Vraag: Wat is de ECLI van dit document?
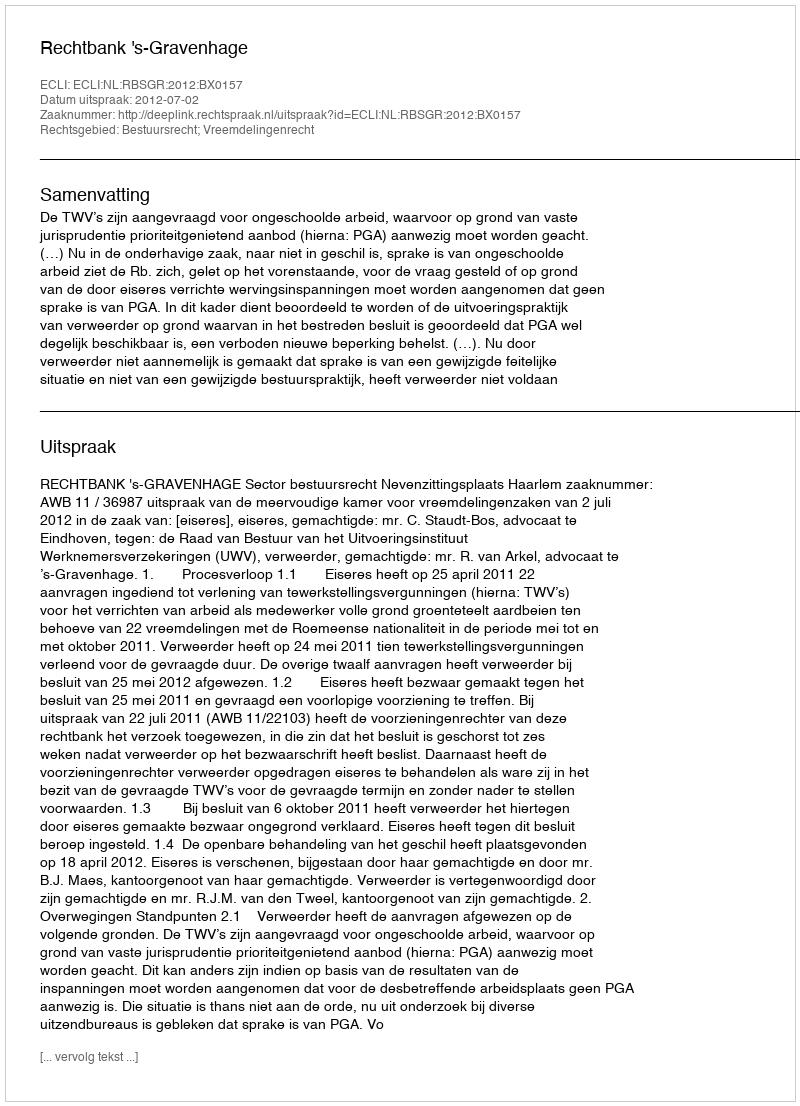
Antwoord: ECLI:NL:RBSGR:2012:BX0157